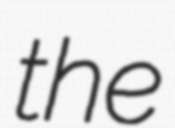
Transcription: the